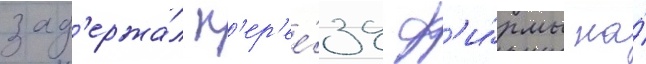
зад'ержа́л п'ер'ее́зд ф'и́рмы на́